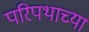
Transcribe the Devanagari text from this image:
परिपथाच्या